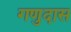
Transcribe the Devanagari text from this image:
गणुदास